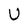
Character: U